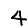
Digit: 4